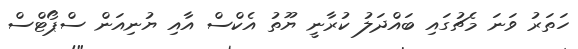
ހަތަރު ވަނަ މެޗުގައި ބައްދަލު ކުރާނީ ޔޫތު އެކްސް އާއި ޔުނިއަން ސްޕޯޓްސް